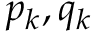
p _ { k } , q _ { k }